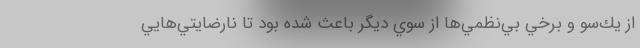
از يك‌سو و برخي بي‌نظمي‌ها از سوي ديگر باعث شده بود تا نارضايتي‌هايي